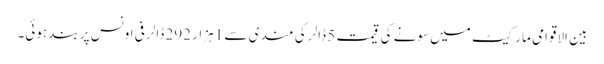
بین الاقوامی مارکیٹ میں سونے کی قیمت 5 ڈالر کی مندی سے 1 ہزار 292 ڈالر فی اونس پر بند ہوئی۔